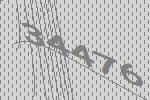
34476